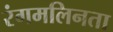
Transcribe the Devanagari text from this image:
रंगमलिनता